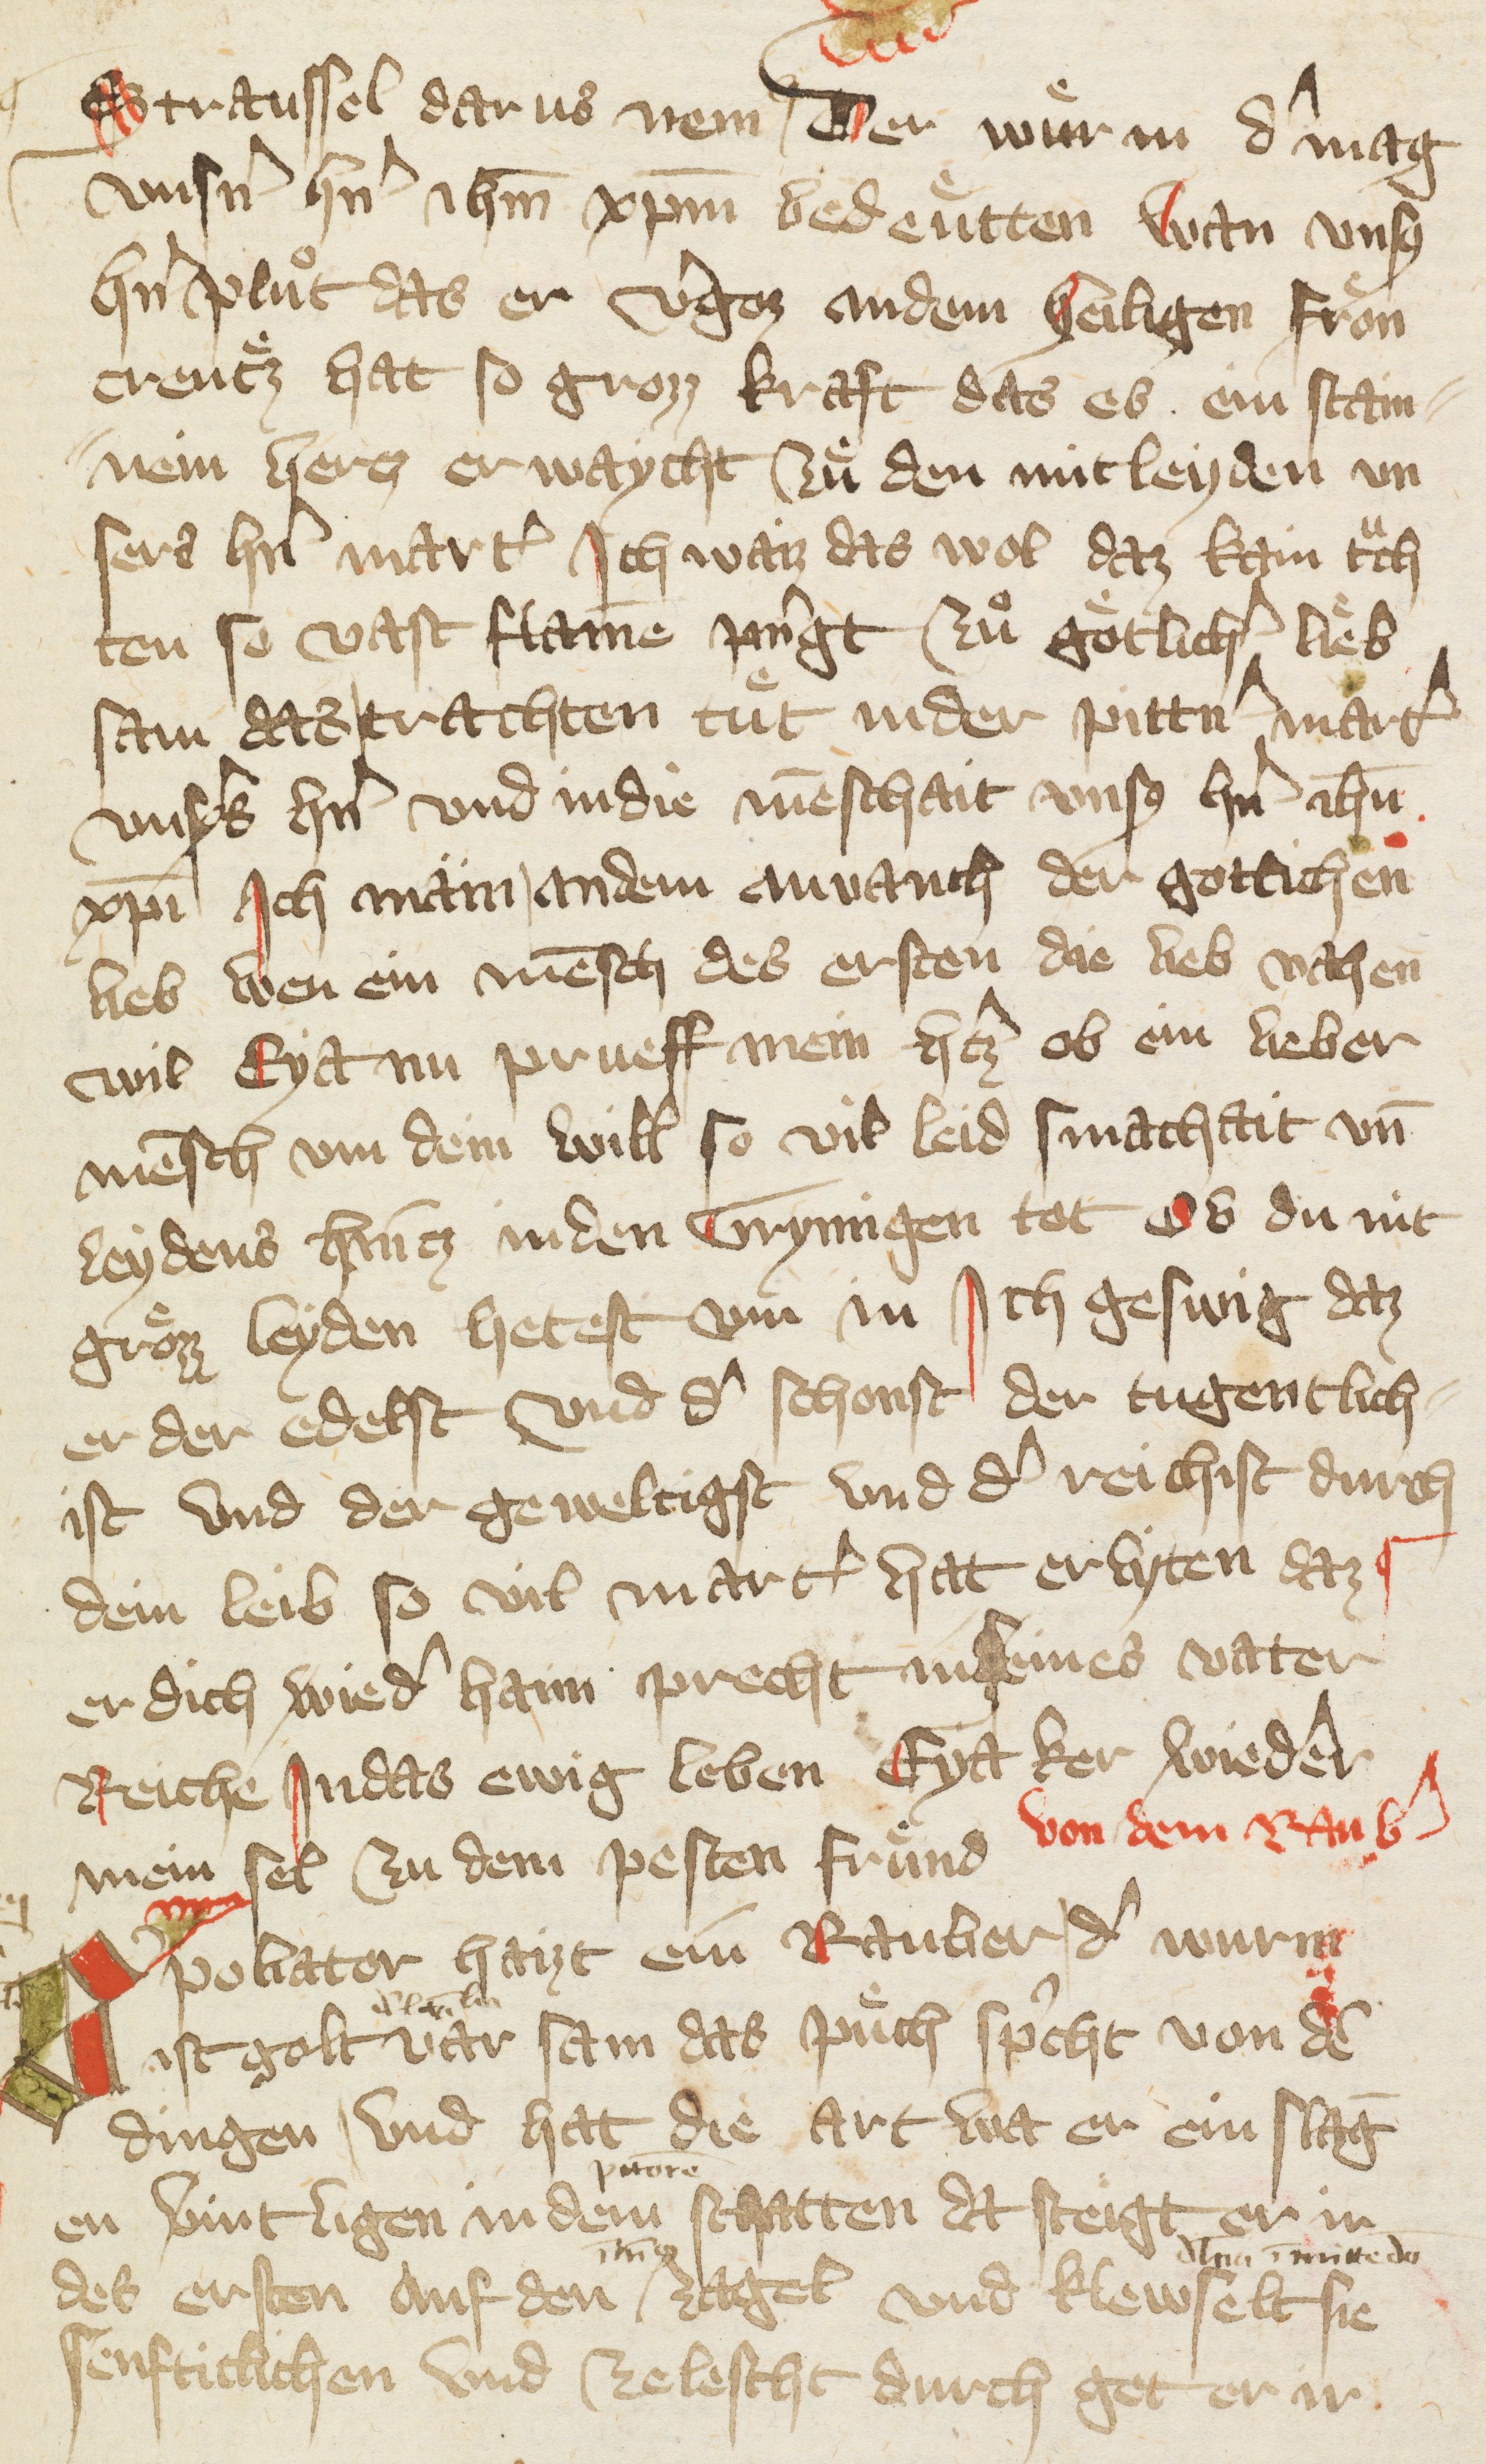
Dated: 1378–1378